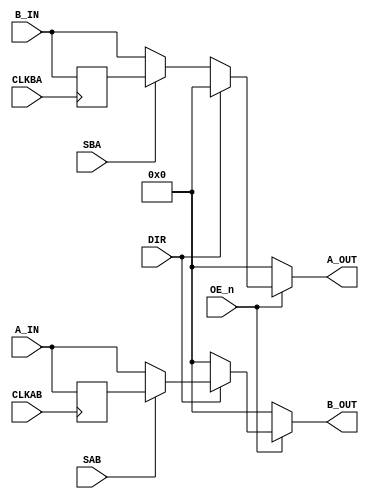
// This program was cloned from: https://github.com/RonnyA/nd-120
// License: MIT License

/******************************************************************************
 **                                                                          **
 ** Component : TTL_74646                                                    **
 **                                                                          **
 ** OCTAL BUS TRANSCEIVERS AND REGISTERS WITH 3-STATE OUTPUTS                **
 ** (None inverting)                                                         **
 **                                                                          **
 ** DOC: https://www.ti.com/lit/ds/symlink/sn54as646.pdf                     **
 *****************************************************************************/

module TTL_74646( 
   input[7:0] A_IN,
   input[7:0] B_IN,
   input CLKAB,
   input CLKBA,
   input DIR,   // Direction (1=A to B, 0=B to A)
   input OE_n,  // Output Enable Negated
   input SAB,   // Select-Control AB - multiplex stored and real-time (transparent mode) registeres
   input SBA,   // Select-Control BA - multiplex stored and real-time (transparent mode) registeres. 0=REAL-TIME

   output[7:0] A_OUT,
   output[7:0] B_OUT
);



   /*******************************************************************************
   ** The wires are defined here                                                 **
   *******************************************************************************/
   wire s_sab;
   wire s_clkab;
   wire s_sba;
   wire s_clkba;
   wire s_dir;
   wire s_oe_n;


   /*******************************************************************************
   ** The module functionality is described here                                 **
   *******************************************************************************/

   /*******************************************************************************
   ** Here all input connections are defined                                     **
   *******************************************************************************/
   assign s_sab   = SAB;
   assign s_clkab = CLKAB;
   assign s_sba   = SBA;
   assign s_clkba = CLKBA;
   assign s_dir   = DIR;
   assign s_oe_n  = OE_n;
   

   
   /*******************************************************************************
   ** Here all in-lined components are defined                                   **
   *******************************************************************************/

   reg [7:0] regA;
   reg [7:0] regB;

   always @(posedge s_clkab )
   begin
      regA <= A_IN;
   end

   always @(posedge s_clkba )
   begin
      regB <= B_IN;
   end

   
/*
A_OUT:
   If OE_n is not active (low), the output is 0.

   If DIR is 0 (B to A direction):
      If SBA is 0, A_OUT gets real-time data from B_IN.
      If SBA is 1, A_OUT gets stored data from regB.

*/
   // sdir = 0 => B => A   

   // s_sba = 0 => Real Time B to A
   // s_sba = 1 => Register  B to A
   assign A_OUT = !s_oe_n ? 8'b0 : !s_dir ?  ((!s_sba) ? B_IN : regB) : 8'b0;
   

/*
B_OUT:
      If OE_n is not active (low), the output is 0.
      
      If DIR is 1 (A to B direction):
         If SAB is 0, B_OUT gets real-time data from A_IN.
         If SAB is 1, B_OUT gets stored data from regA.
*/

   // sdir = 1 => A => B

   // s_sab = 0 => Real Time A to B
   // s_sab = 1 => Register  A to B
   assign B_OUT = !s_oe_n ? 8'b0 : s_dir ?  ((!s_sab) ? A_IN : regA) : 8'b0;

endmodule